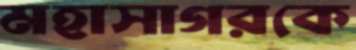
মহাসাগরকে